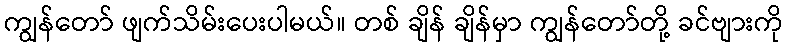
ကျွန်တော် ဖျက်သိမ်းပေးပါမယ်။ တစ် ချိန် ချိန်မှာ ကျွန်တော်တို့ ခင်ဗျားကို